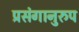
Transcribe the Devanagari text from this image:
प्रसंगानुरुप